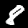
Digit: 8